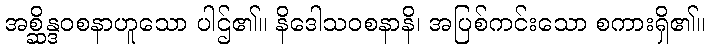
အစ္ဆိန္ဒဝစနာဟူသော ပါဌ်၏။ နိဒေါသဝစနာနိ၊ အပြစ်ကင်းသော စကားရှိ၏။